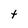
Character: t